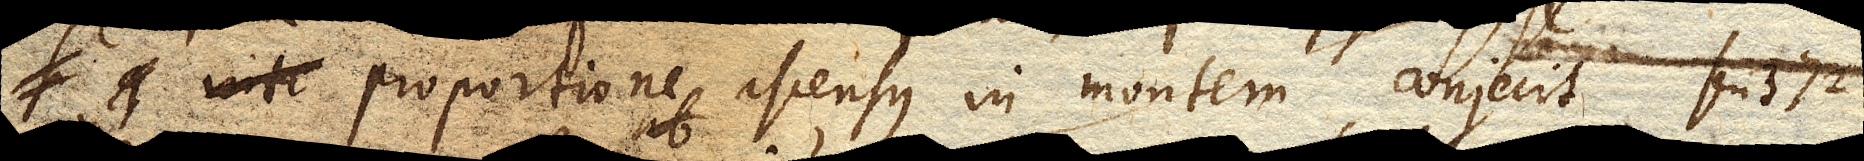
proportione ascensus in montem, conjecit